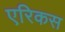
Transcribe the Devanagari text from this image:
एरिकस